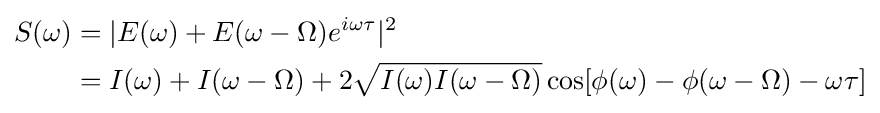
{\begin{aligned}S(\omega )&=|E(\omega )+E(\omega -\Omega )e^{i\omega \tau }|^{2}\\&=I(\omega )+I(\omega -\Omega )+2{\sqrt {I(\omega )I(\omega -\Omega )}}\cos[\phi (\omega )-\phi (\omega -\Omega )-\omega \tau ]\end{aligned}}